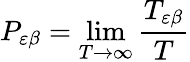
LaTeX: P_{\varepsilon\beta}=\operatorname*{lim}_{T\to\infty}\frac{T_{\varepsilon\beta}}{T}